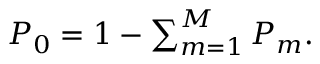
\begin{array} { r } { P _ { 0 } = 1 - \sum _ { m = 1 } ^ { M } P _ { m } . } \end{array}